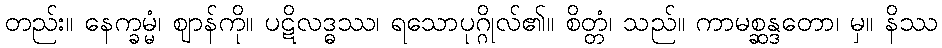
တည်း။ နေက္ခမ္မံ၊ ဈာန်ကို။ ပဋိလဒ္ဓဿ၊ ရသောပုဂ္ဂိုလ်၏။ စိတ္တံ၊ သည်။ ကာမစ္ဆန္ဒတော၊ မှ။ နိဿ